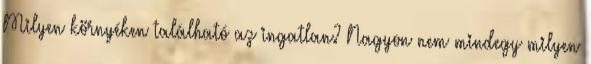
Milyen környéken található az ingatlan? Nagyon nem mindegy milyen